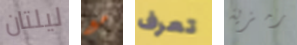
ليلتان مع تعرف رمزية